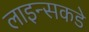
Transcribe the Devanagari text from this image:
लाइन्सकडे